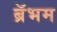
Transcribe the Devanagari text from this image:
ब्रॅभम